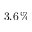
3 . 6 \, \%